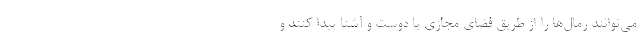
می‌توانند رمال‌ها را از طریق فضای مجازی یا دوست و آشنا پیدا کنند و